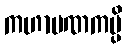
ကဟာပဏကမ္ပိ